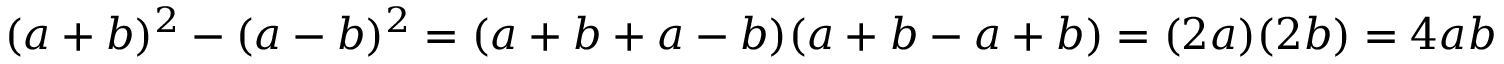
( a + b ) ^ { 2 } - ( a - b ) ^ { 2 } = ( a + b + a - b ) ( a + b - a + b ) = ( 2 a ) ( 2 b ) = 4 a b